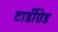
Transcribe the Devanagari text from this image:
टार्डीग्रेड